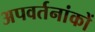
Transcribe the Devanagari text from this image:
अपवर्तनांकों